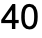
40